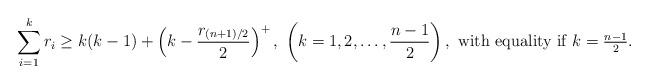
LaTeX: \begin{align*}\sum_{i=1}^kr_i\ge k(k-1) +\left(k-\frac{r_{(n+1)/2}}{2}\right)^+,\ \left(k=1,2,\ldots,\frac{n-1}{2}\right), \mbox{ with equality if $k=\frac{n-1}{2}$}.\end{align*}